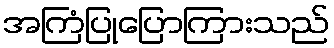
အကြံပြုပြောကြားသည်